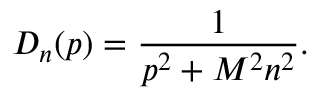
D _ { n } ( p ) = \frac 1 { p ^ { 2 } + M ^ { 2 } n ^ { 2 } } .